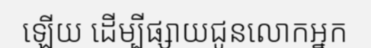
ឡើយ ដើម្បីផ្សាយជូនលោកអ្នក